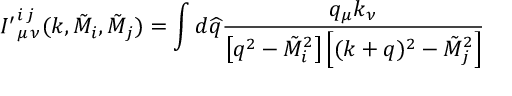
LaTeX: { I ^ { \prime } } _ { \mu \, \nu } ^ { i \, j } ( k , \tilde { M } _ { i } , \tilde { M } _ { j } ) = \int d \widehat { q } \frac { q _ { \mu } k _ { \nu } } { \left[ q ^ { 2 } - \tilde { M } _ { i } ^ { 2 } \right] \left[ ( k + q ) ^ { 2 } - \tilde { M } _ { j } ^ { 2 } \right] }